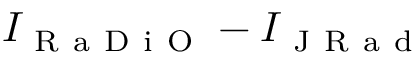
I _ { \mathrm { ~ R ~ a ~ D ~ i ~ O ~ } } - I _ { \mathrm { ~ J ~ R ~ a ~ d ~ } }